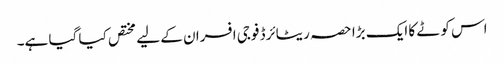
اس کوٹے کا ایک بڑا حصہ ریٹائرڈ فوجی افسران کے لیے مختص کیا گیا ہے۔